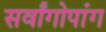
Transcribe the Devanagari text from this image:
सर्वांगोपांग